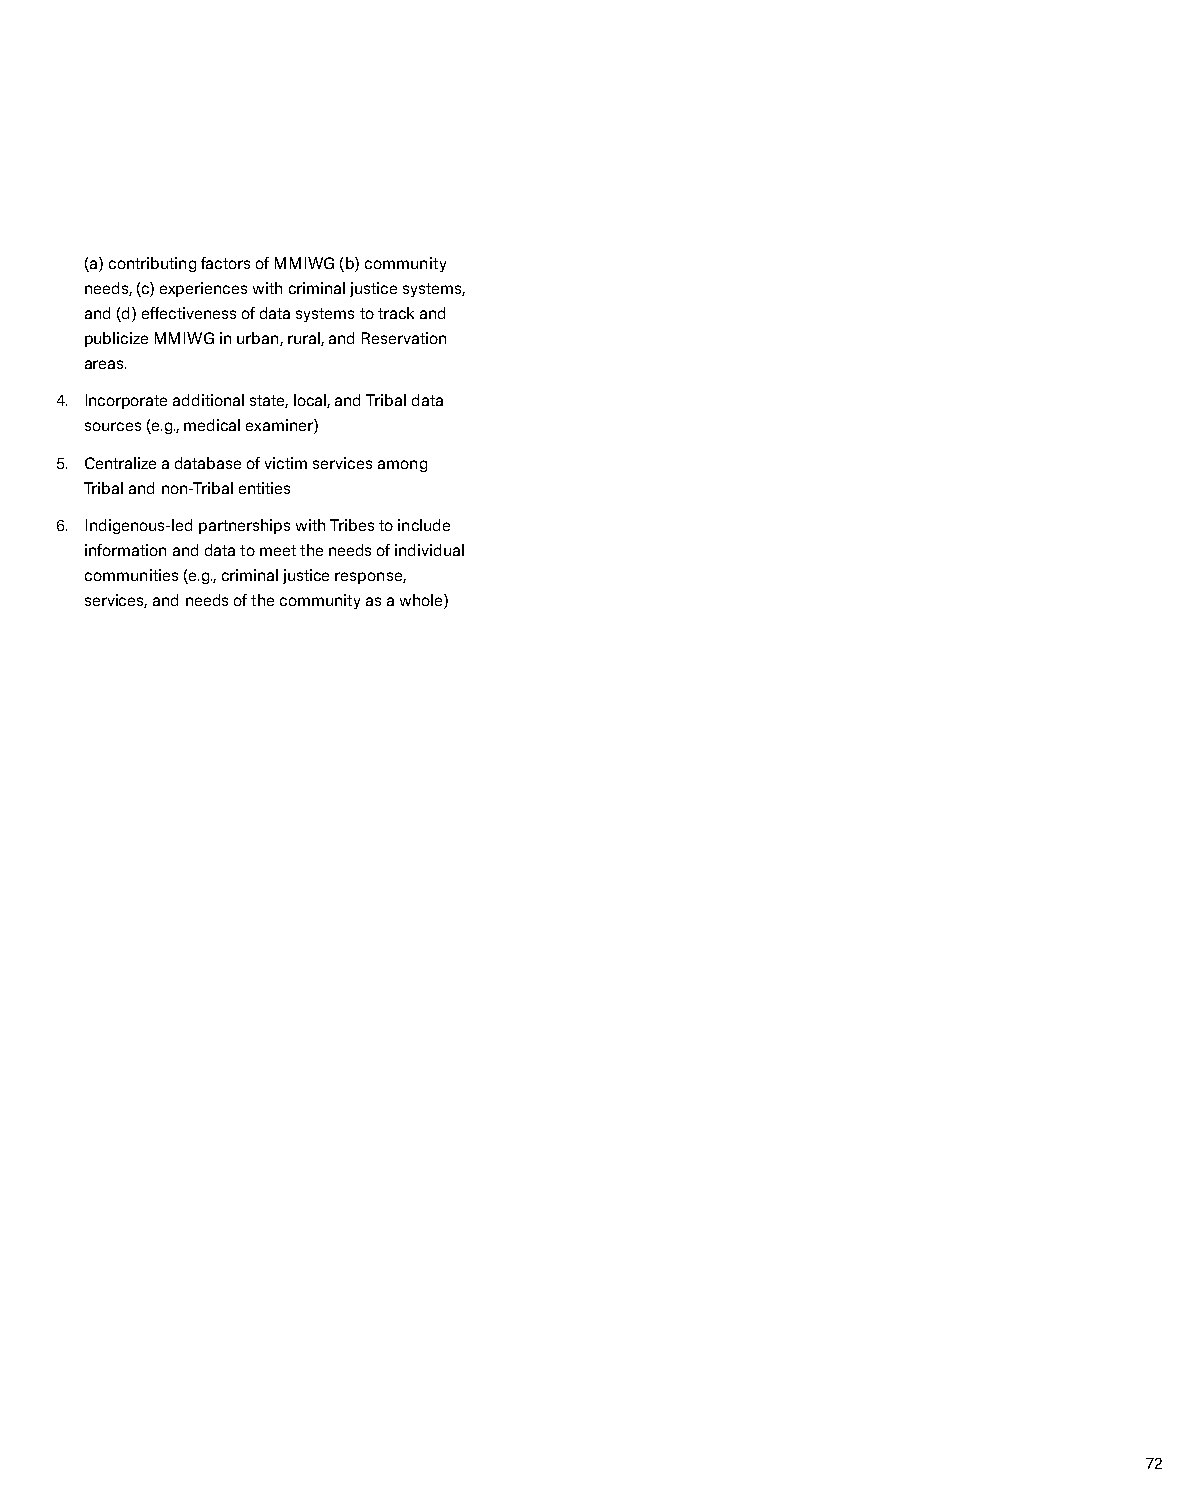
(a) contributing factors of MMIWG (b) community
 needs, (c) experiences with criminal justice systems,
 and (d) effectiveness of data systems to track and
 publicize MMIWG in urban, rural, and Reservation
 areas.
 4. Incorporate additional state, local, and Tribal data
 sources (e.g., medical examiner)
 5. Centralize a database of victim services among
 Tribal and non-Tribal entities
 6. Indigenous-led partnerships with Tribes to include
 information and data to meet the needs of individual
 communities (e.g., criminal justice response,
 services, and needs of the community as a whole)
 72